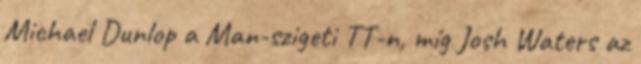
Michael Dunlop a Man-szigeti TT-n, míg Josh Waters az